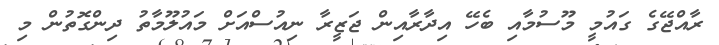
ރާއްޖޭގެ ގައުމީ މޫސުމާއި ބެހޭ އިދާރާއިން ޖަޒީރާ ނިއުސްއަށް މައުލޫމާތު ދިންގޮތުން މި